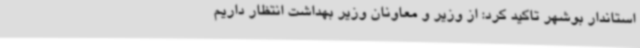
استاندار بوشهر تاکید کرد: از وزیر و معاونان وزیر بهداشت انتظار داریم